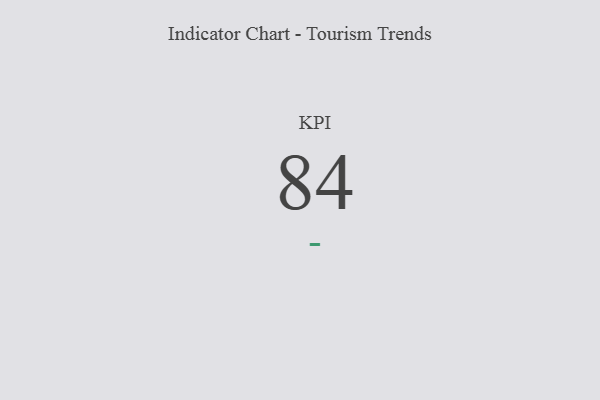
{"axis": {"x": "KPI", "y": "Value"}, "legend": [""], "data": [{"x": "KPI", "y": 84, "type": ""}]}